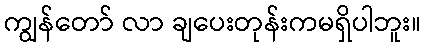
ကျွန်တော် လာ ချပေးတုန်းကမရှိပါဘူး။